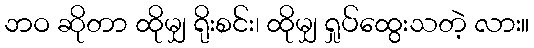
ဘဝ ဆိုတာ ထိုမျှ ရိုးစင်း၊ ထိုမျှ ရှုပ်ထွေးသတဲ့ လား။